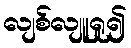
လျစ်လျူရှု၍